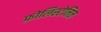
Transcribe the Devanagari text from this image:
फ़ोलिस्टेनिन